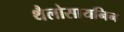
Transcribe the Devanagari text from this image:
थैलोसायनिन